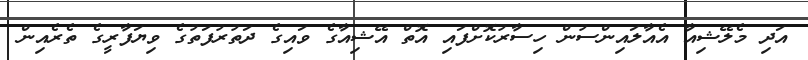
އަދި މެލޭޝިއާ އެއާލައިންސުން ހިސާރުކޮށްފައި އޮތް އޭޝިއާގެ ވައިގެ ދަތުރުފަތުގެ ވިޔަފާރީގެ ތެރެއިން